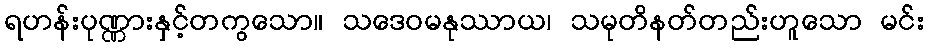
ရဟန်းပုဏ္ဏားနှင့်တကွသော။ သဒေဝမနုဿာယ၊ သမုတိနတ်တည်းဟူသော မင်း